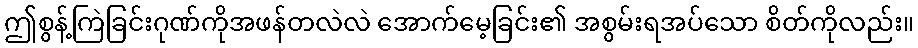
ဤစွန့်ကြဲခြင်းဂုဏ်ကိုအဖန်တလဲလဲ အောက်မေ့ခြင်း၏ အစွမ်းရအပ်သော စိတ်ကိုလည်း။